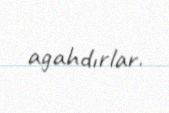
agahdırlar.